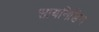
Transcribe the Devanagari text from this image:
सायनिडिन